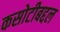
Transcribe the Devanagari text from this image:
कसोटीबद्दल